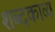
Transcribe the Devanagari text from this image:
शब्दकाव्य